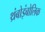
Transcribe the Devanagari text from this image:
थ्रंबोइंबोलिक